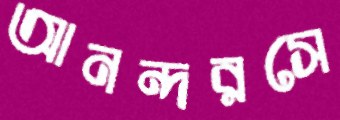
আনন্দরসে